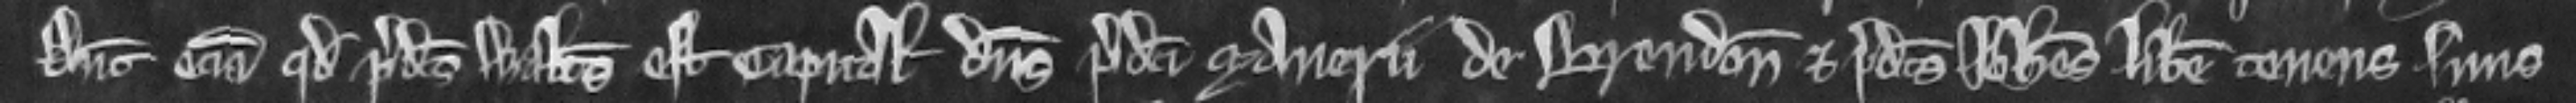
Dicunt eciam quod predictus Walterus est capitalis dominus predicti manerii de Brendon et predictus Iohannes liber tenens suus